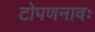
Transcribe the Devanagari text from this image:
टोपणनावः